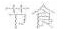
节食